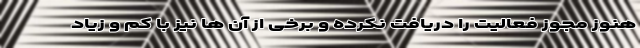
هنوز مجوز فعالیت را دریافت نکرده و برخی از آن ها نیز با کم و زیاد